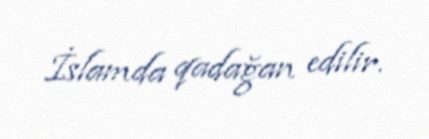
İslamda qadağan edilir.